Report of the Bombay Veterinary College
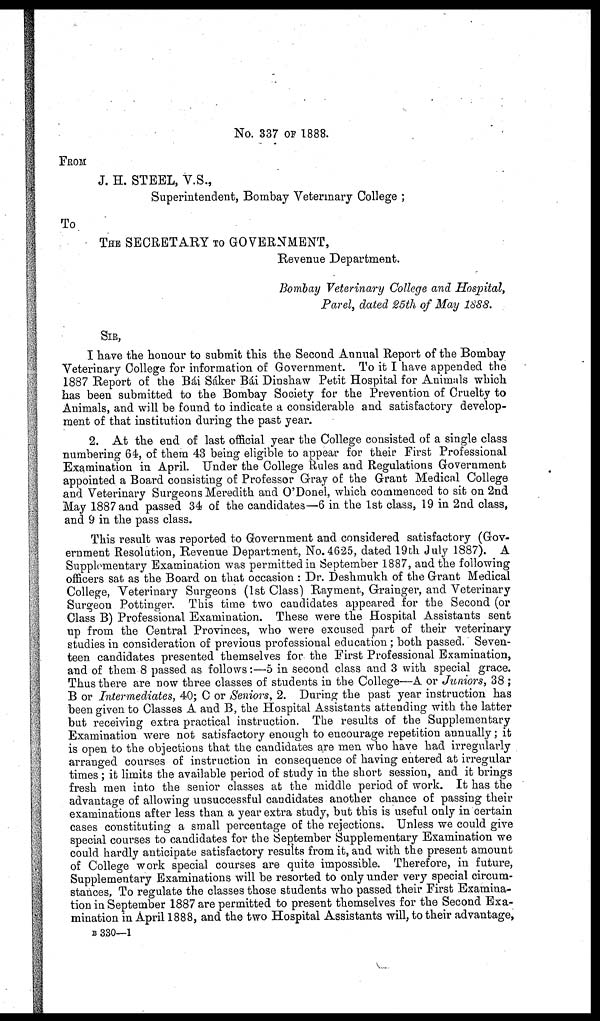
No. 337 OF 1888.
FROM
J. H. STEEL, V.S.,
Superintendent, Bombay Veterinary College ;
To
THE SECRETARY TO GOVERNMENT,
Revenue Department.
Bombay Veterinary College and Hospital,
Parel, dated 25th of May 1888.
SIR,
I have the honour to submit this the Second Annual Report of the Bombay
Veterinary College for information of Government. To it I have appended the
1887 Report of the Bái Sáker Bái Dinshaw Petit Hospital for Animals which
has been submitted to the Bombay Society for the Prevention of Cruelty to
Animals, and will be found to indicate a considerable and satisfactory develop-
ment of that institution during the past year.
2. At the end of last official year the College consisted of a single class
numbering 64, of them 43 being eligible to appear for their First Professional
Examination in April. Under the College Rules and Regulations Government
appointed a Board consisting of Professor Gray of the Grant Medical College
and Veterinary Surgeons Meredith and O'Donel, which commenced to sit on 2nd
May 1887 and passed 34 of the candidates—6 in the 1st class, 19 in 2nd class,
and 9 in the pass class.
This result was reported to Government and considered satisfactory (Gov-
ernment Resolution, Revenue Department, No.4625, dated 19th July 1887). A
Supplementary Examination was permitted in September 1887, and the following
officers sat as the Board on that occasion : Dr. Deshmukh of the Grant Medical
College, Veterinary Surgeons (1st Class) Rayment, Grainger, and Veterinary
Surgeon Pottinger. This time two candidates appeared for the Second (or
Class B) Professional Examination. These were the Hospital Assistants sent
up from the Central Provinces, who were excused part of their veterinary
studies in consideration of previous professional education; both passed.' Seven-
teen candidates presented themselves for the First Professional Examination,
and of them 8 passed as follows:—5 in second class and 3 with special grace.
Thus there are now three classes of students in the College—A or Juniors, 38 ;
B or Intermediates, 40; C or Seniors, 2. During the past year instruction has
been given to Classes A and B, the Hospital Assistants attending with the latter
but receiving extra practical instruction. The results of the Supplementary
Examination were not satisfactory enough to encourage repetition annually; it
is open to the objections that the candidates are men who have had irregularly
arranged courses of instruction in consequence of having entered at irregular
times; it limits the available period of study in the short session, and it brings
fresh men into the senior classes at the middle period of work. It has the
advantage of allowing unsuccessful candidates another chance of passing their
examinations after less than a year extra study, but this is useful only in certain
cases constituting a small percentage of the rejections. Unless we could give
special courses to candidates for the September Supplementary Examination we
could hardly anticipate satisfactory results from it, and with the present amount
of College work special courses are quite impossible. Therefore, in future,
Supplementary Examinations will be resorted to only under very special circum-
stances, To regulate the classes those students who passed their First Examina-
tion in September 1887 are permitted to present themselves for the Second Exa-
mination in April 1888, and the two Hospital Assistants will, to their advantage,
B 330—1